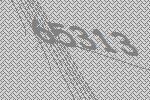
65313